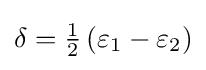
{\textstyle \delta ={\frac {1}{2}}\left(\varepsilon _{1}-\varepsilon _{2}\right)}